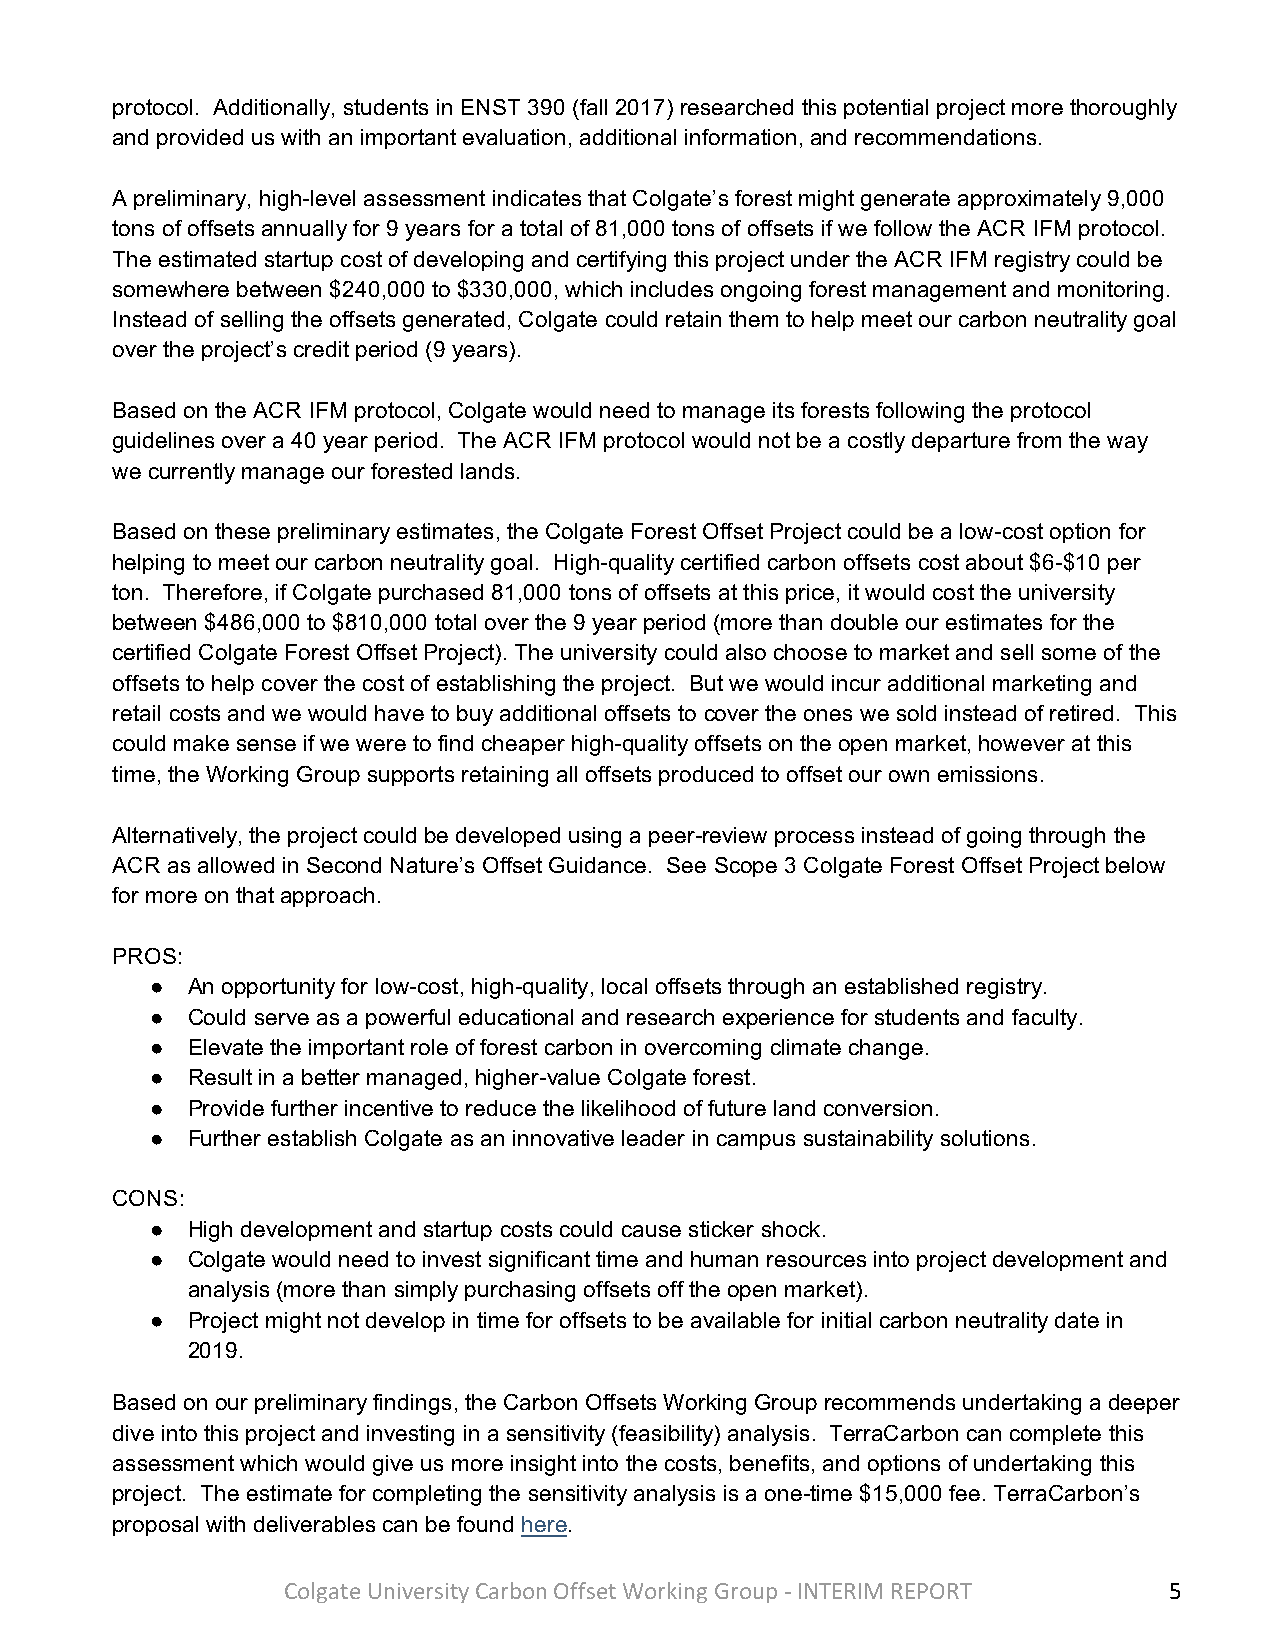
protocol. Additionally, students in ENST 390 (fall 2017) researched this potential project more thoroughly
 and provided us with an important evaluation, additional information, and recommendations.
 A preliminary, high-level assessment indicates that Colgate’s forest might generate approximately 9,000
 tons of offsets annually for 9 years for a total of 81,000 tons of offsets if we follow the ACR IFM protocol.
 The estimated startup cost of developing and certifying this project under the ACR IFM registry could be
 somewhere between $240,000 to $330,000, which includes ongoing forest management and monitoring.
 Instead of selling the offsets generated, Colgate could retain them to help meet our carbon neutrality goal
 over the project’s credit period (9 years).
 Based on the ACR IFM protocol, Colgate would need to manage its forests following the protocol
 guidelines over a 40 year period. The ACR IFM protocol would not be a costly departure from the way
 we currently manage our forested lands.
 Based on these preliminary estimates, the Colgate Forest Offset Project could be a low-cost option for
 helping to meet our carbon neutrality goal. High-quality certified carbon offsets cost about $6-$10 per
 ton. Therefore, if Colgate purchased 81,000 tons of offsets at this price, it would cost the university
 between $486,000 to $810,000 total over the 9 year period (more than double our estimates for the
 certified Colgate Forest Offset Project). The university could also choose to market and sell some of the
 offsets to help cover the cost of establishing the project. But we would incur additional marketing and
 retail costs and we would have to buy additional offsets to cover the ones we sold instead of retired. This
 could make sense if we were to find cheaper high-quality offsets on the open market, however at this
 time, the Working Group supports retaining all offsets produced to offset our own emissions.
 Alternatively, the project could be developed using a peer-review process instead of going through the
 ACR as allowed in Second Nature’s Offset Guidance. See Scope 3 Colgate Forest Offset Project below
 for more on that approach.
 PROS:
 ● An opportunity for low-cost, high-quality, local offsets through an established registry.
 ● Could serve as a powerful educational and research experience for students and faculty.
 ● Elevate the important role of forest carbon in overcoming climate change.
 ● Result in a better managed, higher-value Colgate forest.
 ● Provide further incentive to reduce the likelihood of future land conversion.
 ● Further establish Colgate as an innovative leader in campus sustainability solutions.
 CONS:
 ● High development and startup costs could cause sticker shock.
 ● Colgate would need to invest significant time and human resources into project development and
 analysis (more than simply purchasing offsets off the open market).
 ● Project might not develop in time for offsets to be available for initial carbon neutrality date in
 2019.
 Based on our preliminary findings, the Carbon Offsets Working Group recommends undertaking a deeper
 dive into this project and investing in a sensitivity (feasibility) analysis. TerraCarbon can complete this
 assessment which would give us more insight into the costs, benefits, and options of undertaking this
 project. The estimate for completing the sensitivity analysis is a one-time $15,000 fee. TerraCarbon’s
 proposal with deliverables can be found here.
 Colgate University Carbon Offset Working Group - INTERIM REPORT 5